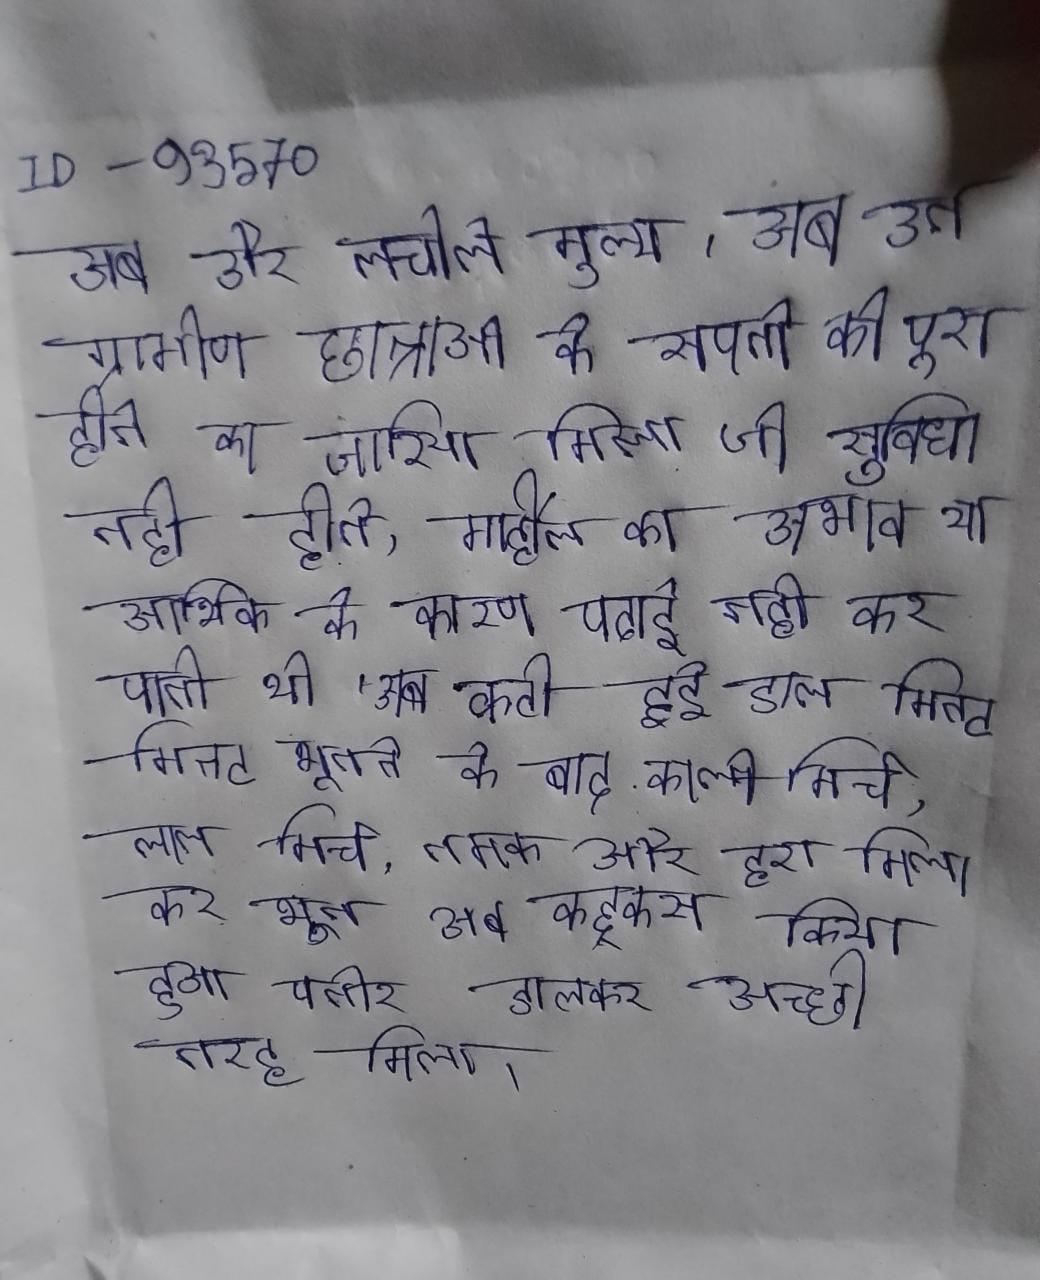
अब और लचीले मूल्य । अब उन ग्रामीण छात्राओ के सपनो को पूरा होने का जरिया मिला जो सुविधा नही होने, माहौल का अभाव या आर्थिक के कारण पढाई नही कर पाती थी । अब कटी हुई डाल मिनट भूनने के बाद काली मिर्च, लाल मिर्च, नमक और हरा मिला कर भून अब कद्दूकस किया हुआ पनीर डालकर अच्छी तरह मिला ।